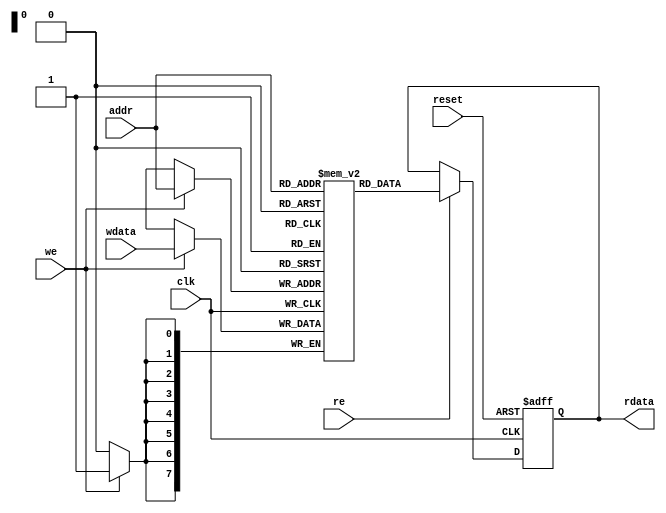
// expect-wr-ports 1
// expect-rd-ports 1
// expect-rd-clk \clk
// expect-rd-en \re
// expect-rd-arst-sig \reset
// expect-rd-arst-val 8'01011010
// expect-rd-init-val 8'00111100

module top(input clk, input we, re, reset, input [7:0] addr, wdata, output reg [7:0] rdata);

reg [7:0] bram[0:255];
initial rdata = 8'h3c;

always @(posedge clk) begin
	if (we)
		bram[addr] <= wdata;
end

always @(posedge clk, posedge reset) begin
	if (reset)
		rdata <= 8'h5a;
	else if (re)
		rdata <= bram[addr];
end

endmodule